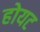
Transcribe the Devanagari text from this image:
होयट